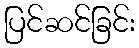
ပြင်ဆင်ခြင်း